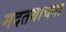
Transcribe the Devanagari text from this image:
मदतयाचना